Report of an investigation into the causes of malaria in Bombay and the measures necessary for its control
Disease focus: Malaria
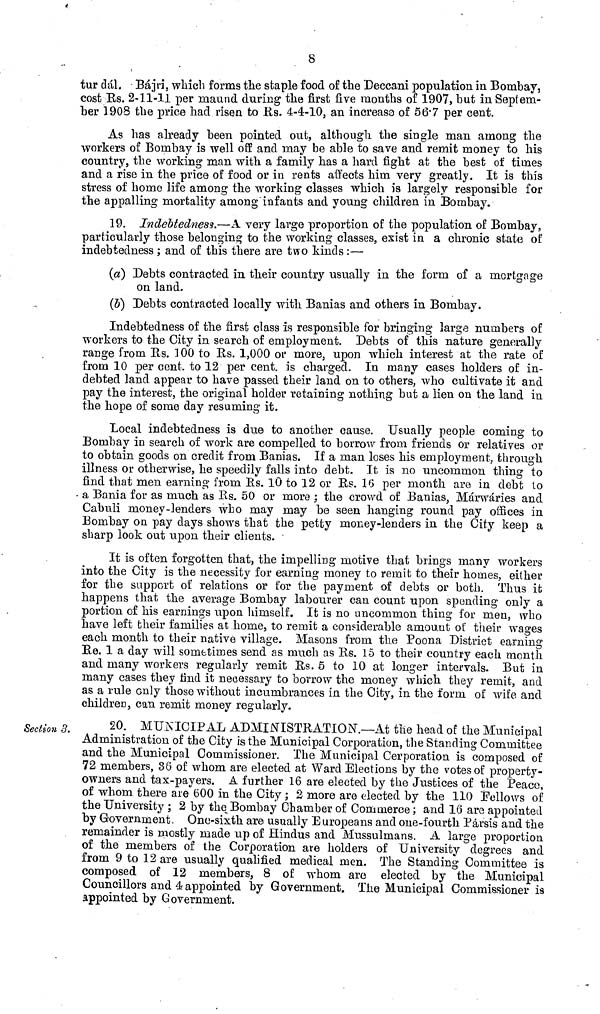
8
tur dál. Bájri, which forms the staple food of the Deccani population in Bombay,
cost Rs. 2-11-11 per maund during the first five months of 1907, but in Septem-
ber 1908 the price had risen to Rs. 4-4-10, an increase of 56.7 per cent.
As has already been pointed out, although the single man among the
workers of Bombay is well off and may be able to save and remit money to his
country, the working man with a family has a hard fight at the best of times
and a rise in the price of food or in rents affects him very greatly. It is this
stress of home life among the working classes which is largely responsible for
the appalling mortality among infants and young children in Bombay.
19. Indebtedness.—A very large proportion of the population of Bombay,
particularly those belonging to the working classes, exist in a chronic state of
indebtedness ; and of this there are two kinds :—
(a) Debts contracted in their country usually in the form of a mortgage
on land.
(b) Debts contracted locally with Banias and others in Bombay.
Indebtedness of the first class is responsible for bringing large numbers of
workers to the City in search of employment. Debts of this nature generally
range from Rs. 100 to Rs. 1,000 or more, upon which interest at the rate of
from 10 per cent. to 12 per cent. is charged. In many cases holders of in-
debted land appear to have passed their land on to others, who cultivate it and
pay the interest, the original holder retaining nothing but a lien on the land in
the hope of some day resuming it.
Local indebtedness is due to another cause. Usually people coming to
Bombay in search of work are compelled to borrow from friends or relatives or
to obtain goods on credit from Banias. If a man loses his employment, through
illness or otherwise, he speedily falls into debt. It is no uncommon thing to
find that men earning from Rs. 10 to 12 or Rs. 16 per month are in debt to
a Bania for as much as Rs. 50 or more ; the crowd of Banias, Márwáries and
Cabuli money-lenders who may may be seen hanging round pay offices in
Bombay on pay days shows that the petty money-lenders in the City keep a
sharp look out upon their clients.
It is often forgotten that, the impelling motive that brings many workers
into the City is the necessity for earning money to remit to their homes, either
for the support of relations or for the payment of debts or both. Thus it
happens that the average Bombay labourer can count upon spending only a
portion of his earnings upon himself. It is no uncommon thing for men, who
have left their families at home, to remit a considerable amount of their wages
each month to their native village. Masons from the Poona District earning
Re. 1 a day will sometimes send as much as Rs. 15 to their country each month
and many workers regularly remit Rs. 5 to 10 at longer intervals. But in
many cases they find it necessary to borrow the money which they remit, and
as a rule only those without incumbrances in the City, in the form of wife and
children, can remit money regularly.
Section 3.
20. MUNICIPAL ADMINISTRATION.—At the head of the Municipal
Administration of the City is the Municipal Corporation, the Standing Committee
and the Municipal Commissioner. The Municipal Corporation is composed of
72 members, 36 of whom are elected at Ward Elections by the votes of property-
owners and tax-payers. A further 16 are elected by the Justices of the Peace,
of whom there are 600 in the City ; 2 more are elected by the 110 Follows of
the University ; 2 by the Bombay Chamber of Commerce ; and 16 are appointed
by Government. One-sixth are usually Europeans and one-fourth Parsis and the
remainder is mostly made up of Hindus and Mussulmans. A large proportion
of the members of the Corporation are holders of University degrees and
from 9 to 12 are usually qualified medical men. The Standing Committee is
composed of 12 members, 8 of whom are elected by the Municipal
Councillors and 4 appointed by Government. The Municipal Commissioner is
appointed by Government.